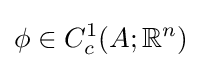
\phi \in C_{c}^{1}(A;\mathbb {R} ^{n})